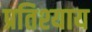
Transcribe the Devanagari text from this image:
प्रतिश्‍याय